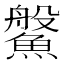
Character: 𩺓